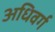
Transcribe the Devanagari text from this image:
अधिवर्ग